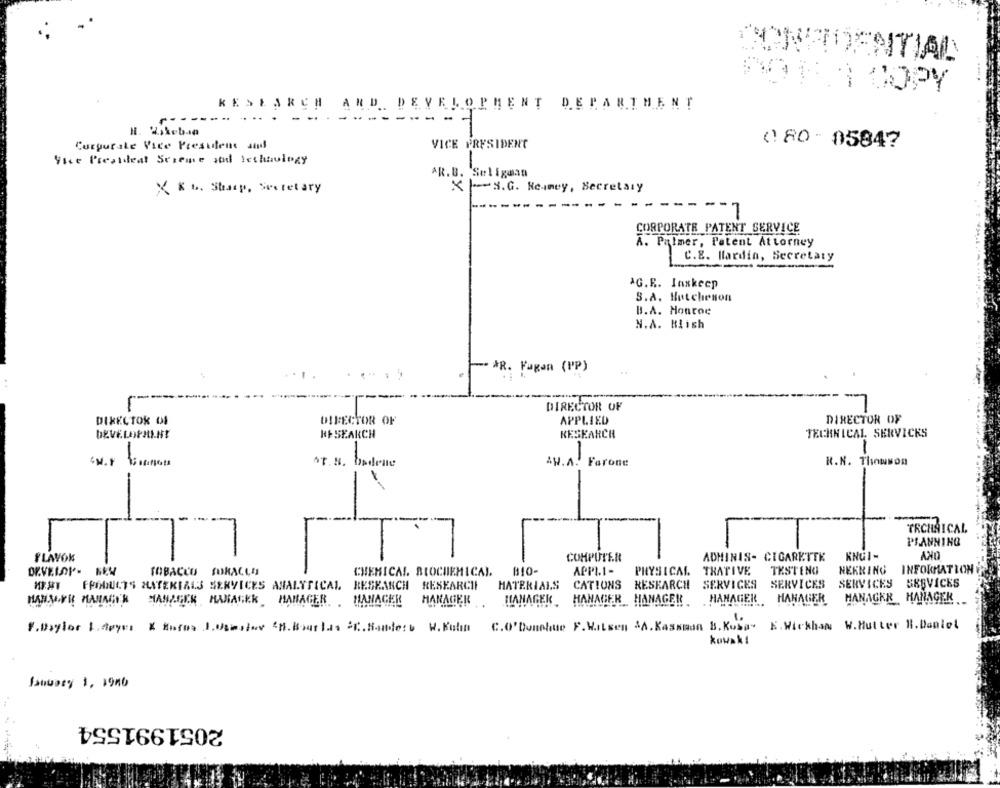
--
RESEARCH AND DEVELOPMENT DEPARTMENT
-- -
Curgurale Vice President sind
VICE PRESIDENT
080 - 05847
The President Screme and technology
AR.B. Seligaan
X |- S.G. Heaney, Secretary
X K . Shamp, Secretary
7
CORPORATE PATENT SERVICE
A. Palmer, Patent Attorney
C.8. Mardin, Secretary
AG.R. Jaskeep
S.A. Hutchenon
B.A. Hontoe
N.A. Blish
- ÅR. Pagen (PP)
DIRECTOR OF
DIRECTOR OF
DIRECTOR OF
APPLIED
DIRECTOR OF
DEVELOPMLHY
K+ SEARCH
RESEARCH
TECHNICAL SERVICES
AW.A. Farone
N.N. Thomson
---
TECHNICAL
-
PLANNING
FLAVON
-
COMPUTER
ADMINIS- CIGARETTE
DEVELOP- -
TOBACCO SURALLA
CHEMICAL BIOCHEMICAL.
B10-
APPLI -
PHYSICAL.
THATIVE
TESTENG
NEKRING
INFORMATION
SERVICES
SERVICES
FRODUCTS MATERIALS SERVICES ANALYTICAL RESKANCH RESEARCH
MATERIALS
CATIONS
RESEARCH
SERVICES
SERVICES
HAKAGER
HANAGKR
HANAGEK
WARMVR MANAGER MANAGER MANAGER _ MANAGER .MANAGER
HIANAGER
HAHACER HANAGER .HAHAGER MANAGER
.Baylor LAeyes & Bufos BUsesion CH. Bour las SC. Sanders W. Kuhn
C.O'Donohue F.W.ILsen &A. Kassmon B. Kusa. K. Wickham W.Hutter H. Daniel
kowak!
Sanusey 1, 19mb
2051991554